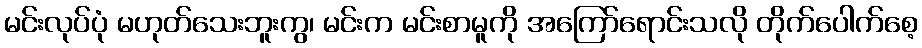
မင်းလုပ်ပုံ မဟုတ်သေးဘူးကွ၊ မင်းက မင်းစာမူကို အကြော်ရောင်းသလို တိုက်ပေါက်စေ့